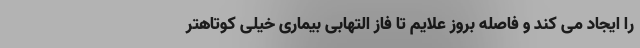
را ایجاد می کند و فاصله بروز علایم تا فاز التهابی بیماری خیلی کوتاهتر